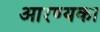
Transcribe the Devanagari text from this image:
आरण्यका